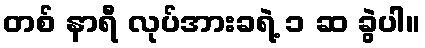
တစ် နာရီ လုပ်အားခရဲ့ ၁ ဆ ခွဲပါ။